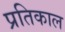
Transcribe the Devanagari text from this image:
प्रतिकाल